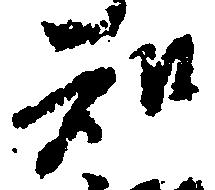
知